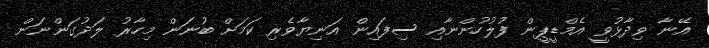
އޭނާ ވިދާޅުވީ އެމްޑީޕީން ފުލުހުންނާއި ސިފައިން އަނިޔާވެރި ކަމަށް ބުނަން މިހާރު ލަދުގަންނަން